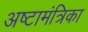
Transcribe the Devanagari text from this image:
अष्टामंत्रिका